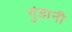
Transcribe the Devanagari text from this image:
गुंडानी